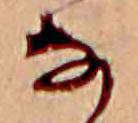
な